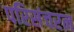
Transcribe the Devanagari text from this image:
परिसंचरन